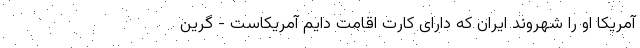
آمریکا او را شهروند ایران که دارای کارت اقامت دایم آمریکاست - گرین